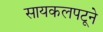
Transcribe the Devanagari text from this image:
सायकलपटूने